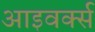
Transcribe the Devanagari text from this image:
आइवर्क्स